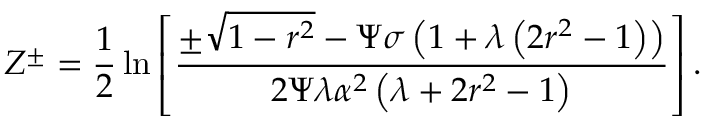
Z ^ { \pm } = \frac { 1 } { 2 } \ln \left[ \frac { \pm \sqrt { 1 - r ^ { 2 } } - \Psi \sigma \left( 1 + \lambda \left( 2 r ^ { 2 } - 1 \right) \right) } { 2 \Psi \lambda \alpha ^ { 2 } \left( \lambda + 2 r ^ { 2 } - 1 \right) } \right] .